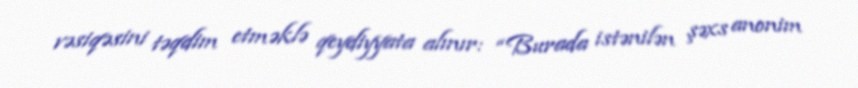
vəsiqəsini təqdim etməklə qeydiyyata alınır: “Burada istənilən şəxs anonim